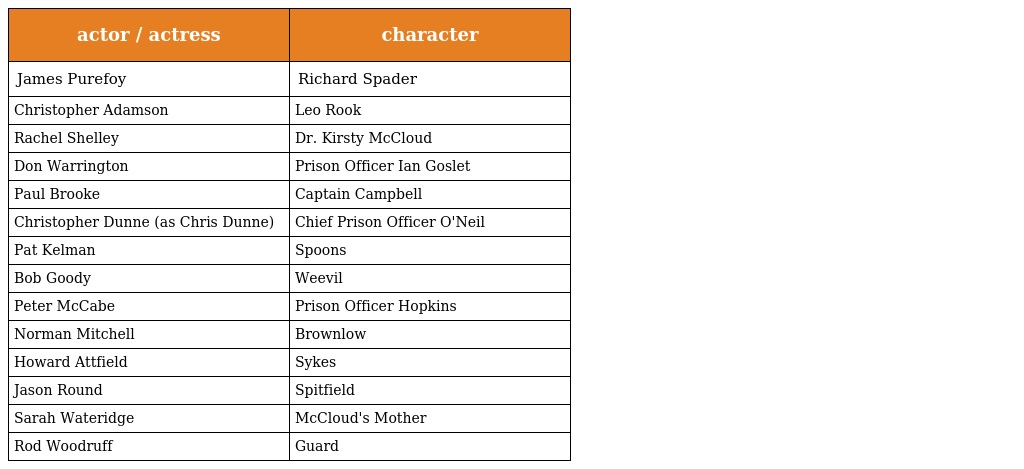
| actor / actress | character |
 | --- | --- |
 | James Purefoy | Richard Spader |
 | Christopher Adamson | Leo Rook |
 | Rachel Shelley | Dr. Kirsty McCloud |
 | Don Warrington | Prison Officer Ian Goslet |
 | Paul Brooke | Captain Campbell |
 | Christopher Dunne (as Chris Dunne) | Chief Prison Officer O'Neil |
 | Pat Kelman | Spoons |
 | Bob Goody | Weevil |
 | Peter McCabe | Prison Officer Hopkins |
 | Norman Mitchell | Brownlow |
 | Howard Attfield | Sykes |
 | Jason Round | Spit分field |
 | Sarah Wateridge | McC分loud's Mother |
 | Rod Woodruff | Guard |